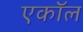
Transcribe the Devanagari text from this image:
एकॉल